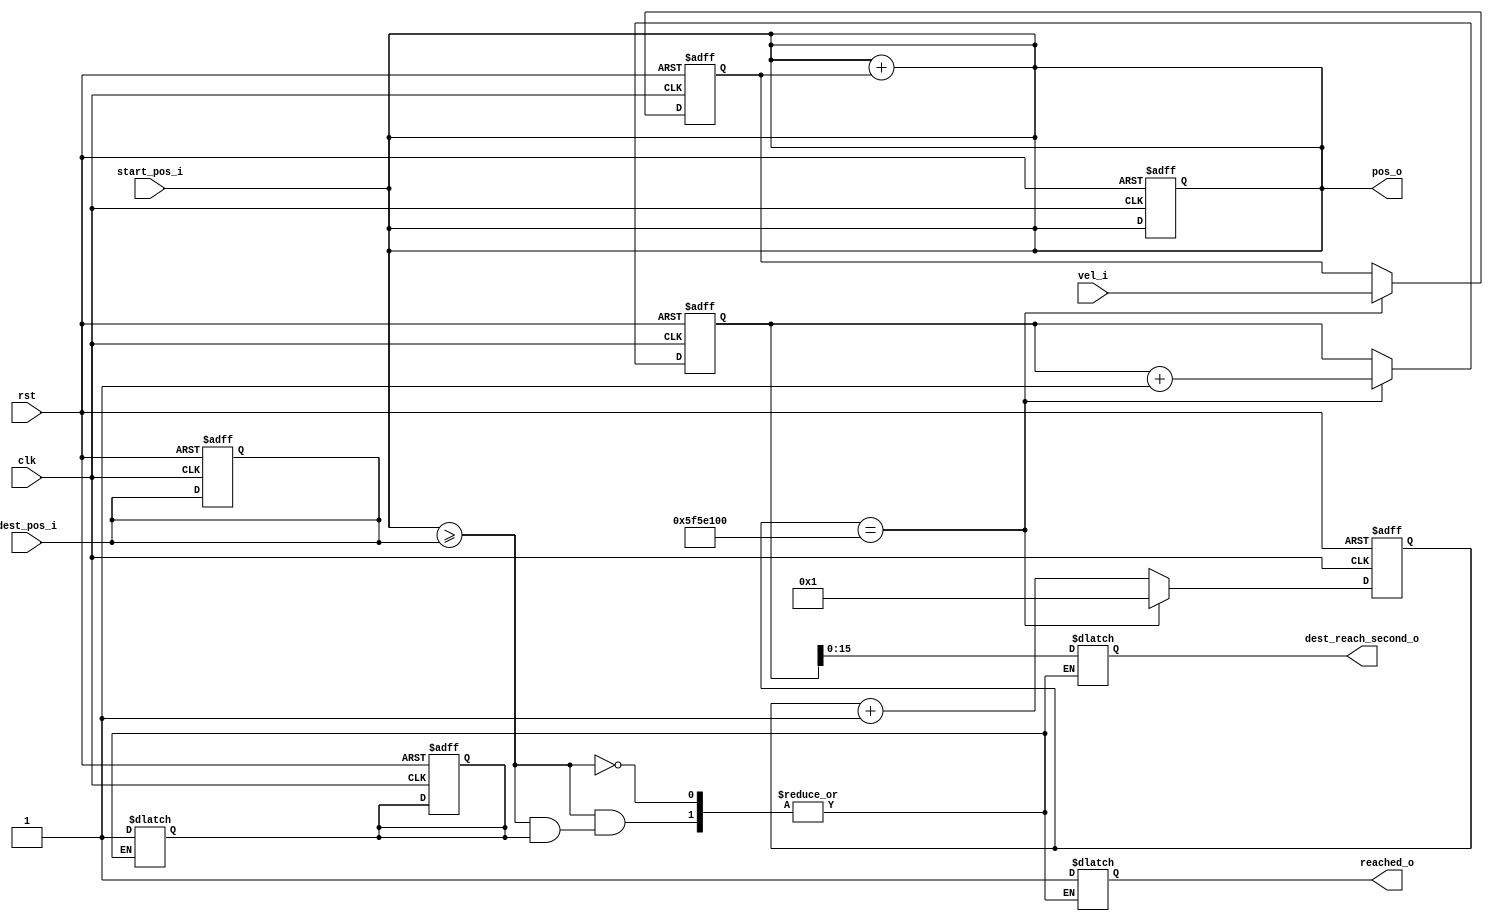
`timescale 1ns / 1ps

module soru2 #(parameter c_clkfreq = 100000000)(
    input clk,
    input rst,
    input [9:0] start_pos_i,
    input [9:0] dest_pos_i,
    input [7:0] vel_i,
    output reg reached_o ,
    output [9:0] pos_o, // reg'i wire yaptim hocam.
    output reg [15:0] dest_reach_second_o
    );
    
    reg [63:0]sayac ;
    reg [7:0] anlik_hiz ;
    reg [63:0]saniye_sayaci ;
    reg [9:0]dest_pos ;
    reg [9:0]position ;
    reg girildi_mi ;
    initial begin
        girildi_mi = 0 ;
        sayac = 0 ; 
        saniye_sayaci = 0 ;
    end
    
    always@(*)begin
        position =start_pos_i ;
        dest_pos = dest_pos_i ;
    end
    
    // her sn anlik_hiz olculuyor , yani anlik_hiz * 1 lik gidiyor her sn'de. o yuzden pos , her sn sonunda
    // anlik hiz kadar artar.
    always@(saniye_sayaci)begin
        position = position + anlik_hiz ; // her sn anlik hiz kadar ilerliyoruz (V*1)
     //   dest_pos = dest_pos - anlik_hiz ; // her sn anlik hiz kadar yaklasiyoruz destination'a .
        if(position >= dest_pos)begin
           
            if(girildi_mi == 1'b0)begin // bir kez cikis almak icin kullanilan girild_mi degiskeninin kontrolu
                reached_o = 1 ; // gecildiyse 1 cikisini veriyoruz ;
                dest_reach_second_o = saniye_sayaci ; // hangi saniyede gecmis onu yaziyoruz
                girildi_mi = 1'b1 ;
            end    
        end    
    end
    
    always@(posedge clk, posedge rst)begin
        if(rst == 1'b1)begin
            // tum reg'leri 0'la
            sayac <= 0;
            anlik_hiz <= 0;
            saniye_sayaci <= 0;
            dest_pos <= 0;
            position <= 0;
            girildi_mi <= 0;
        end
        else begin
        
            if(sayac == c_clkfreq)begin
                sayac <= 1 ;
                anlik_hiz <= vel_i ;
                saniye_sayaci <= saniye_sayaci + 1 ;
            end
            else begin
                sayac <= sayac + 1 ;
            end       
        end        
    end  
    assign  pos_o = position ;
    
endmodule